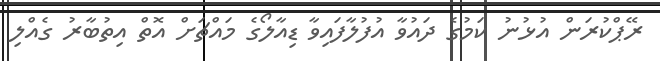
ރޭޕްކުރަން އުޅުނު ކަމުގެ ދައުވާ އުފުލާފައިވާ ޑިއާލޯގެ މައްޗަށް އޮތް އިތުބާރު ގެއްލި